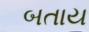
બતાય